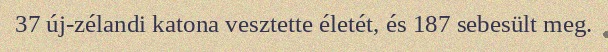
37 új-zélandi katona vesztette életét, és 187 sebesült meg.